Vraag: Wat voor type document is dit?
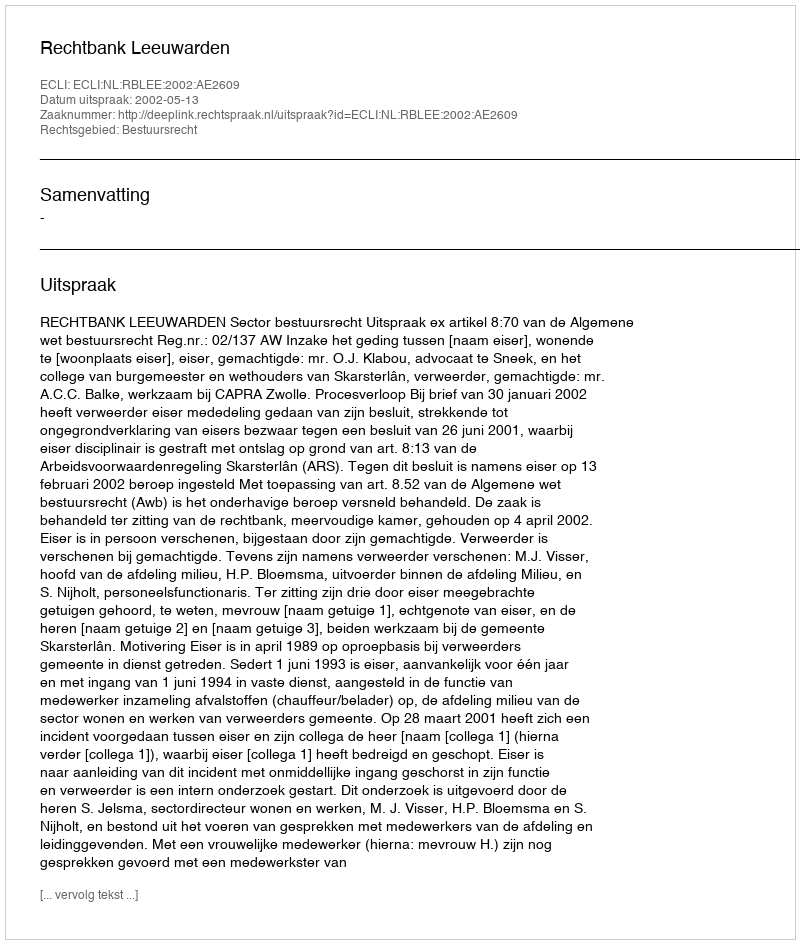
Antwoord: Uitspraak